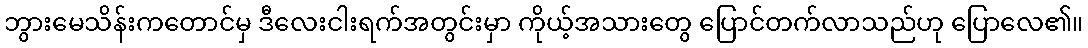
ဘွားမေသိန်းကတောင်မှ ဒီလေးငါးရက်အတွင်းမှာ ကိုယ့်အသားတွေ ပြောင်တက်လာသည်ဟု ပြောလေ၏။